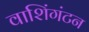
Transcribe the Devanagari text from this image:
वाशिंगंटन